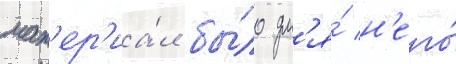
мат'ер'иа́л бы́ло дл'я́ н'его́